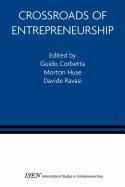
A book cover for Crossroads of Entrepreneurship (Lecture Notes in Computer Science); Computers & Technology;